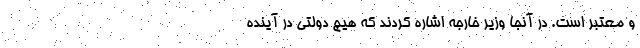
و معتبر است. در آنجا وزیر خارجه اشاره کردند که هیچ دولتی در آینده